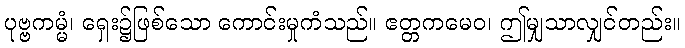
ပုဗ္ဗကမ္မံ၊ ရှေး၌ဖြစ်သော ကောင်းမှုကံသည်။ ဧတ္တကမေဝ၊ ဤမျှသာလျှင်တည်း။